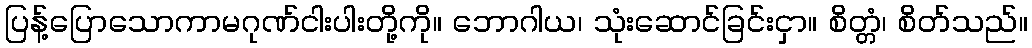
ပြန့်ပြောသောကာမဂုဏ်ငါးပါးတို့ကို။ ဘောဂါယ၊ သုံးဆောင်ခြင်းငှာ။ စိတ္တံ၊ စိတ်သည်။